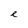
Character: e